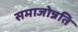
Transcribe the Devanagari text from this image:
समाजोन्नति